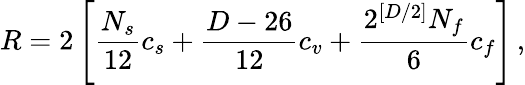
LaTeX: R=2\left[\frac{N_{s}}{12}c_{s}+\frac{D-26}{12}c_{v}+\frac{2^{[D/2]}N_{f}}{6}c_{f}\right]\, ,